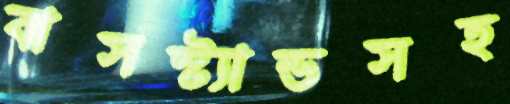
বাসস্ট্যান্ডসহ